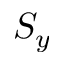
S _ { y }